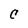
Character: C